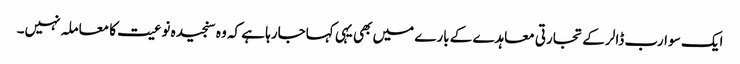
ایک سو ارب ڈالر کے تجارتی معاہدے کے بارے میں بھی یہی کہاجارہا ہے کہ وہ سنجیدہ نوعیت کا معاملہ نہیں۔